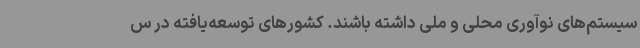
سیستم‌های نوآوری محلی و ملی داشته باشند. کشورهای توسعه‌یافته در س